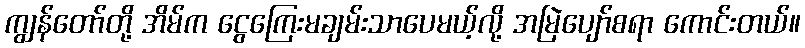
ကျွန်တော်တို့ အိမ်က ငွေကြေးမချမ်းသာပေမယ့်လို့ အမြဲပျော်စရာ ကောင်းတယ်။